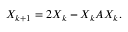
X _ { k + 1 } = 2 X _ { k } - X _ { k } A X _ { k } .